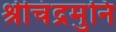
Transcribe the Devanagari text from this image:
श्रीचंद्रमुनि